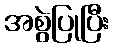
အစွဲပြုပြီး